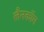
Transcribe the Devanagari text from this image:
लैनकॉम